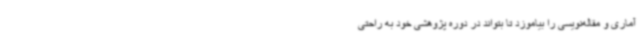
آماری و مقاله‌نویسی را بیاموزد تا بتواند در دوره پژوهشی خود به راحتی